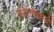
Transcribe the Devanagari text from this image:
कोलिमाची